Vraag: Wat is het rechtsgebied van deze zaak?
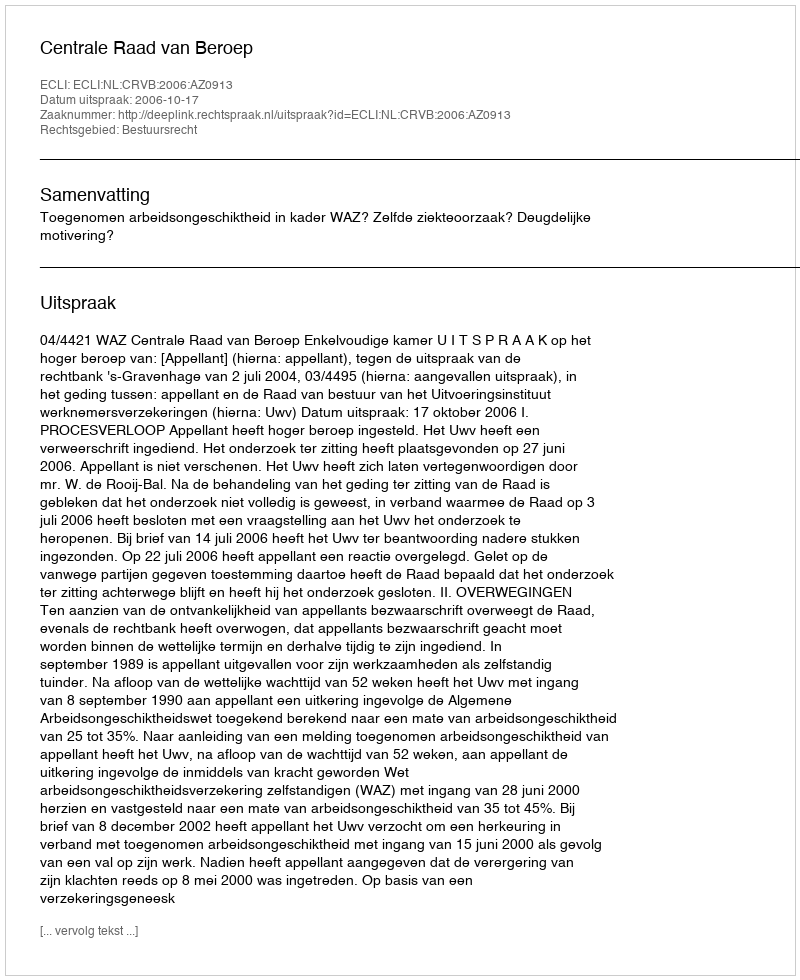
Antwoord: Bestuursrecht